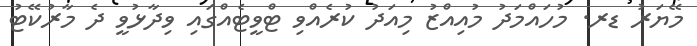
މޭޔަރު ޑރ. މުހައްމަދު މުއިއްޒު މިއަދު ކުރެއްވި ޓްވީޓެއްގައި ވިދާޅުވީ ދެ މާރުކޭޓު